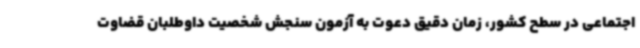
اجتماعی در سطح کشور، زمان دقیق دعوت به آزمون سنجش شخصیت داوطلبان قضاوت